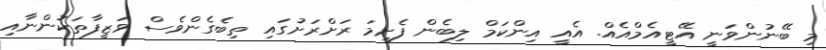
މި ބޭނުންވަނީ އޭޓީއެމްއެއް. އެއީ އިންކަމް ލިބެން ފެށީމަ ރަށްރަށުގައި ތިބެގެންވެސް ވަޒީފާތަކުންނާއި